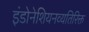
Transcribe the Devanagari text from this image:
इंडोनेशियनव्यतिरिक्त